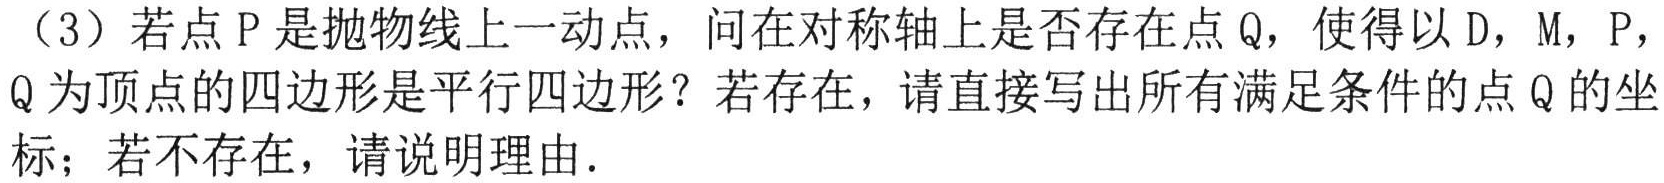
（3）若点\(P\)是抛物线上一动点，问在对称轴上是否存在点\(Q\)，使得以\(D\)，\(M\)，\(P\)，\(Q\)为顶点的四边形是平行四边形？若存在，请直接写出所有满足条件的点\(Q\)的坐标；若不存在，请说明理由.